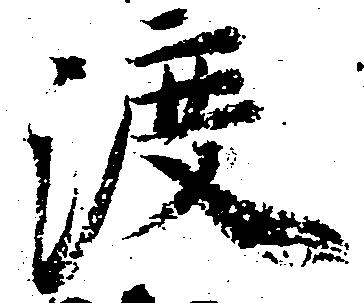
渡